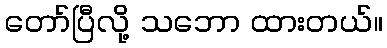
တော်ပြီလို့ သဘော ထားတယ်။